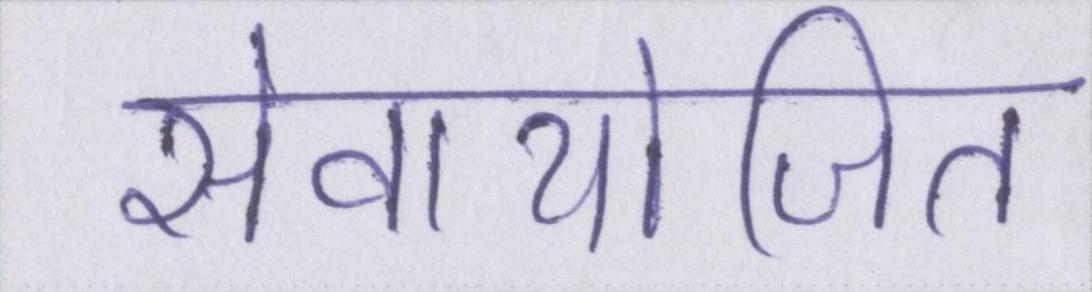
सेवायोजित